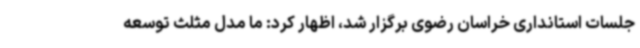
جلسات استانداری خراسان رضوی برگزار شد، اظهار کرد: ما مدل مثلث توسعه